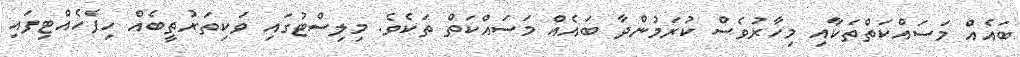
ބައެއް މަސައްކަތްތަކާއި މިހާރުވެސް ކުރަމުންދާ ބައެއް މަސައްކަތް ތަކެވެ. މިލިސްޓުގައި ވަކިތަރުތީބެއް ހިފެހެއްޓިފައި